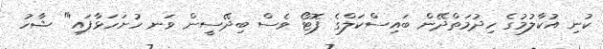
ކުނި އުކާލުމުގެ ހިދުމަތްދޭން ބައިސްކަލްގެ ފޮޓޯ ވެސް ބިދޭސީން ވަނ ހުށަހަޅާފައި'" ޝާހު